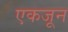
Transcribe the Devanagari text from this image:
एकजून